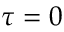
\tau = 0